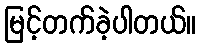
မြင့်တက်ခဲ့ပါတယ်။